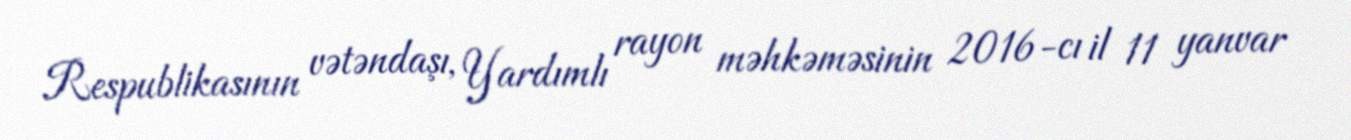
Respublikasının vətəndaşı, Yardımlı rayon məhkəməsinin 2016-cı il 11 yanvar